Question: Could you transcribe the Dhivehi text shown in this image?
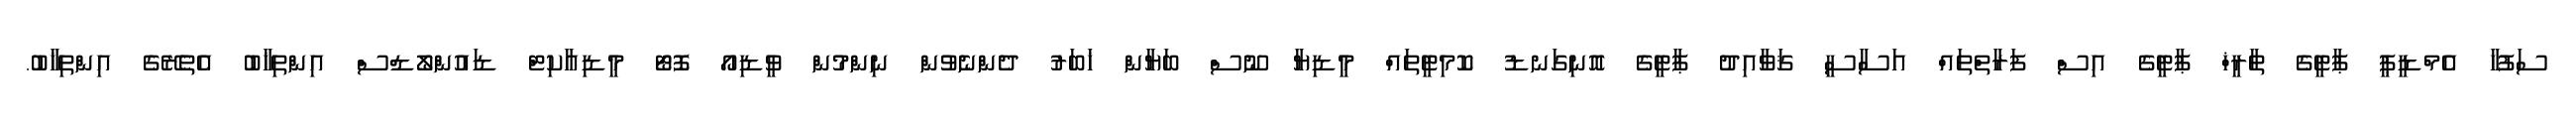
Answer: ސަފުހާ އެމްޑީޕީ ޕާޓީގެ ތާރީޚް ޕާޓީގެ އިސް ފަރާތްތައް އަސާސީ ޤަވާއިދު ޕާޓީގެ އޮނިގަނޑު ކޮމިޓީތައް މީޑިޔާ ނޫސް ބަޔާން ޚަބަރު ދެންނެވުން ނިންމުން ވީޑިއޯ ފޮޓޯ މީޑިއާކިޓް ޑައުންލޯޑްސް އިންތިޚާބު އެތެރޭގެ އިންތިޚާބު.